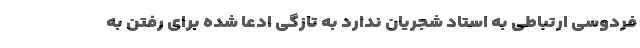
فردوسی ارتباطی به استاد شجریان ندارد به تازگی ادعا شده برای رفتن به